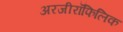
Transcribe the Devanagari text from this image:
अरजीरॉफिलिक